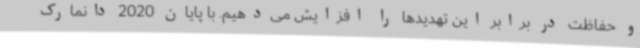
و حفاظت در برابر این تهدیدها را افزایش می‌دهیم. با پایان 2020 دانمارک